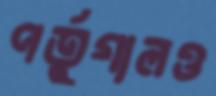
পর্তুগালও